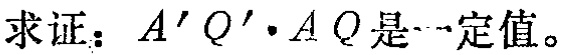
求证：$A'Q'\cdot AQ$是一定值。